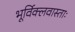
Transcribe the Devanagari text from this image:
भूर्विक्लवास्ताः